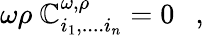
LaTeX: \omega\rho~\mathbb{C}_{i_{1},....i_{n}}^{\omega,\rho}=0~~~,